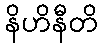
နိဟိနီတိ